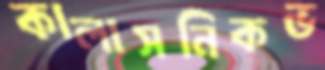
কালাসনিকভ